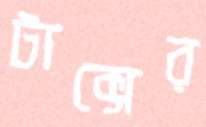
টাক্সের